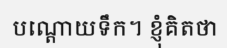
បណ្តោយទឹក។ ខ្ញុំគិតថា